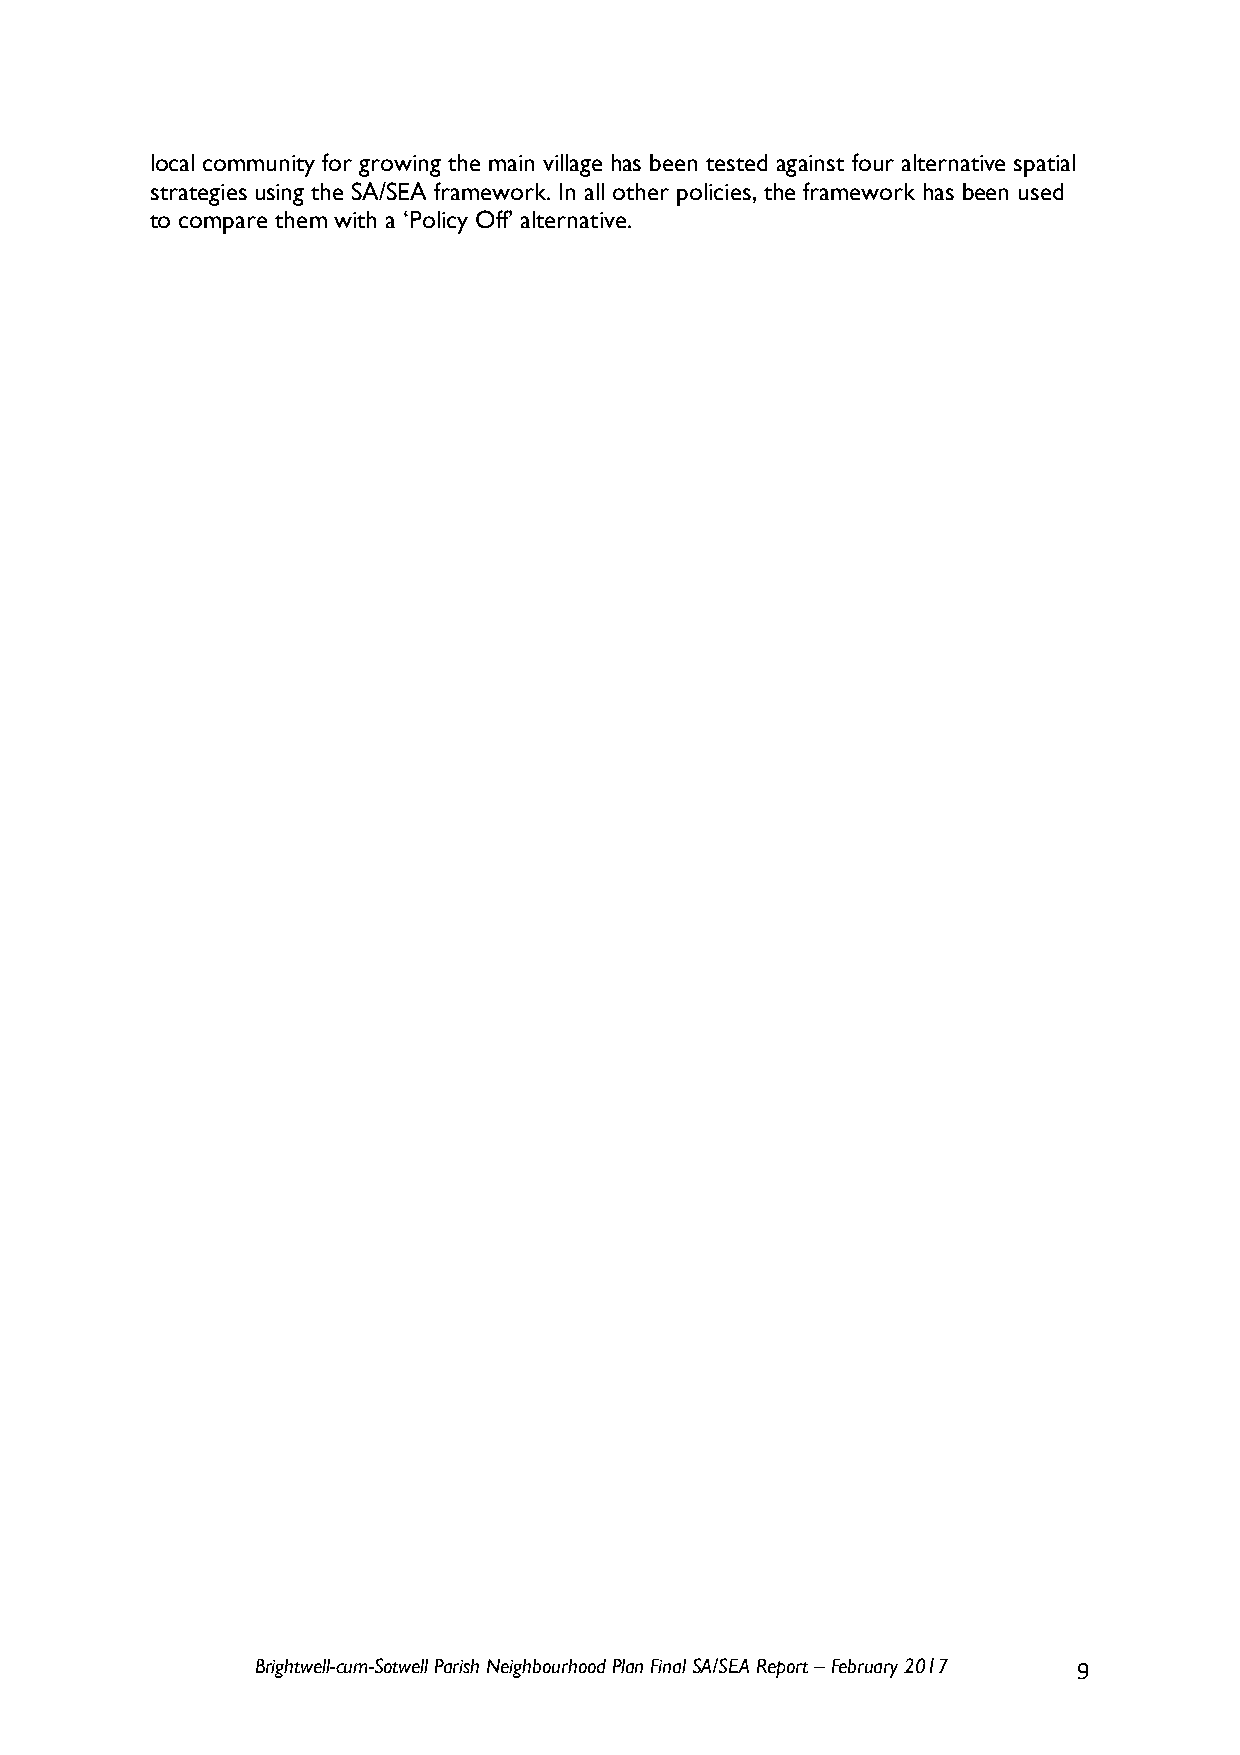
local community for growing the main village has been tested against four alternative spatial
 strategies using the SA/SEA framework. In all other policies, the framework has been used
 to compare them with a ‘Policy Off’ alternative.
 Brightwell-cum-Sotwell Parish Neighbourhood Plan Final SA/SEA Report – February 2017 9